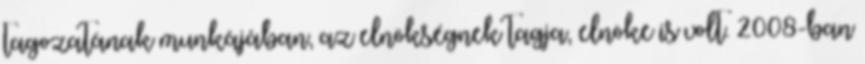
tagozatának munkájában, az elnökségnek tagja, elnöke is volt. 2008-ban